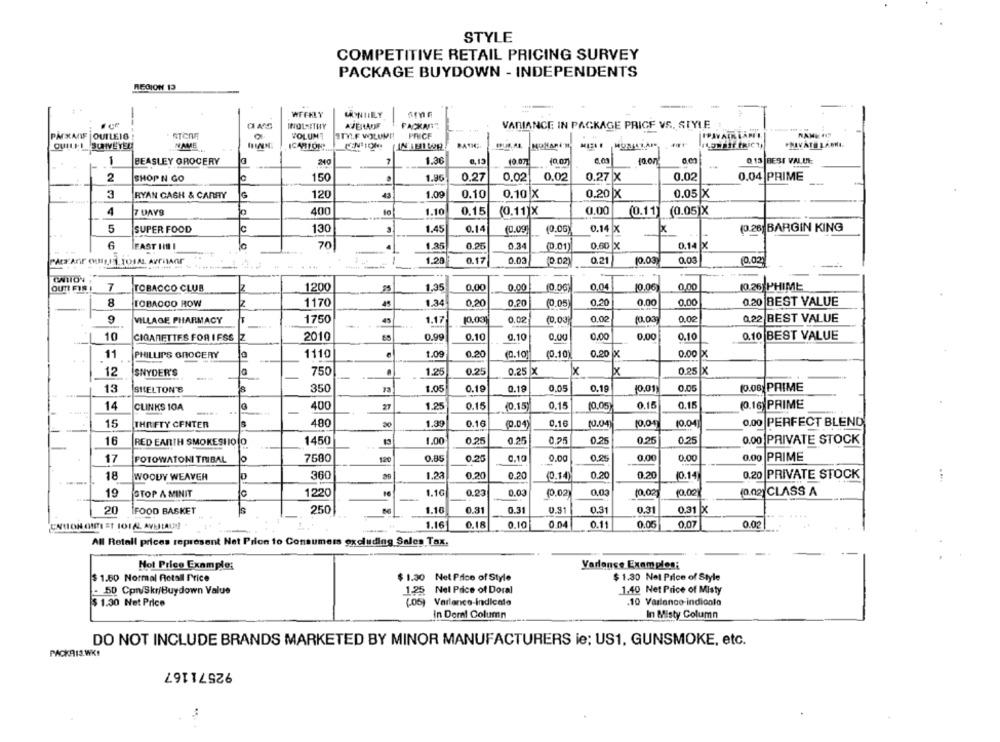
STYLE
COMPETITIVE RETAIL PRICING SURVEY
PACKAGE BUYDOWN - INDEPENDENTS
REGION 13
. .
WEEKLY
NOL STRY
AVERLAUF
FACKMIT
VARIANCE IN PACKAGE PRICE VS, STYLE
VOLUNT
STYL.F VOLUME
PRICE
PACKAGE OUTLEIG!
NAME
ICARTON!
ILENEst PRICY
1
BEASLEY GROCERY
240
7
1.36
0,13
10.07
10.00)
10.on
0 13 BEST VALUE
2
SHOP N GO
150
1.96
0.27
0.02
0.02
0.27 X
0.02
0.04 PRIME
G
120
43
1.09
0.10
3
RYAN CASH & CARRY
0.10 x
0.20 x
0.05 X
4
7 DAYS
400
1.10
0.15
(0.11)X
0.00
(0.11) (0.05)X
5
SUPER FOOD
c
130
1.45
0.14
(0.09
(0.06)
0.14 x
(0.26] BARGIN KING
6
FAST HIM I
70
0.14 x
4
1.35
0.25
0.34
(0.01)
0.60 x
1.20
0.17
0.03
(0.02
10.03
0.03
(0,02)
---
0.21
CAITON
OUTI FTS !
7
TOBACCO CLUB
Z
1200
1.35
0,00
0.00
(0.00)
0,04
10.06)
0,00
(0.26 PHIME
8
TOBACCO ROW
1170
45
1.34
0,20
0.20
(0.05)
0,20
0.00
0,00
0.20 |BEST VALUE
9
VILLAGE PHARMACY
1750
45
1.17
10.001
0.02
(0.00)
0,02
10.00
0,02
0,22 BEST VALUE
10
CIGARETTES FOR I FSS
2010
0.99
0.10
0.10
0.00
0.00
0,00
0.10
0.10 BEST VALUE
11
PHILLIPS GROCERY
1110
1.09
0.20
(0.10
(0.10)
0.20 X
0.00 X
12
SNYDER'S
750
1.25
0.25
0.25 x
x
0.25 X
13
SHELTON'S
350
72
1.05
0.19
0.18
0.05
0.19
10.01)
0.00
(0.08) PRIME
14
CLINKS 10A
400
27
1.25
0.15
(0.15
0.15
(0.05)
0.15
0.15
(0.16) PRIME
..
15
THRIFTY CENTER
480
20
1.39
0.16
(0.04
0.16
10.04)
10.04]
0,00 PERFECT BLEND
16
RED EARTH SMOKESHO O
1450
1.00
0.25
0.25
0.25
0.25
0.26
0.25
0.00 PRIVATE STOCK
17
FOTOWATONI TRIBAL
lo
7580
120
0.85
0.25
6.10
0.00
0,25
0.00
0.00
0.00 PRIME
39
1.23
0.20
0.20
0.20
0.20
0.20 PRIVATE STOCK
18
WOODY WEAVER
360
(0.14)
(0.14)
19
STOP A MINIT
1220
1.1€
0.23
0.03
(0.02)
0.03
10,00
10.00
(0.02 CLASS A
20
IFOOD BASKET
250
1.16
0.31
0.31
0.91
0.91
0.31
0.31 X
CAMION OIL ET TOTAL AVEJLAU !!
1.16
0.18
0.10
0.04
0.11
0.06
0.07
0.02
All Retall prices represent Net Prion to Consumers excluding Sales Tax.
Varlanse Examples:
Not Price Example:
$ 1.60 Normal Retail Price
$ 1.30 Net Price of Style
$ 1.30 Nel Price of Style
- 50 Cpw/Skr/Buydown Value
1-25 Nel Price of Doral
1.40 Net Price of Misty
(05) Varlenco-indicato
.10 Varlanco-indionlo
$ 1.30 Net Price
in Deral Column
In Misty Column
DO NOT INCLUDE BRANDS MARKETED BY MINOR MANUFACTURERS ie; US1, GUNSMOKE, etc.
PACKRIS. WK!
92571167